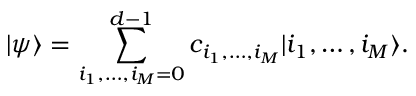
\vert \psi \rangle = \sum _ { i _ { 1 } , \dots , i _ { M } = 0 } ^ { d - 1 } c _ { i _ { 1 } , \dots , i _ { M } } \vert i _ { 1 } , \dots , i _ { M } \rangle .